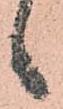
候